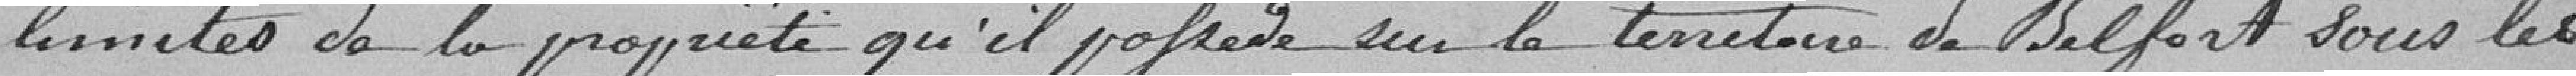
limites de la propriété qu'il possède sur le territoire de Belfort sous les